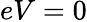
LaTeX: eV=0